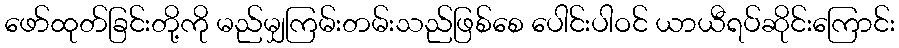
ဖော်ထုတ်ခြင်းတို့ကို မည်မျှကြမ်းတမ်းသည်ဖြစ်စေ ပေါင်းပါဝင် ယာယီရပ်ဆိုင်းကြောင်း